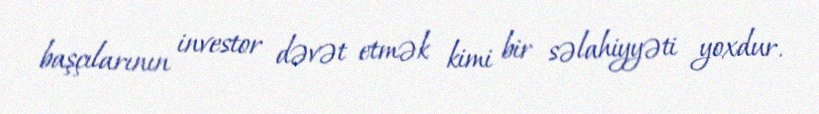
başçılarının investor dəvət etmək kimi bir səlahiyyəti yoxdur.